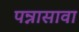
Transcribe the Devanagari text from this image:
पन्नासावा